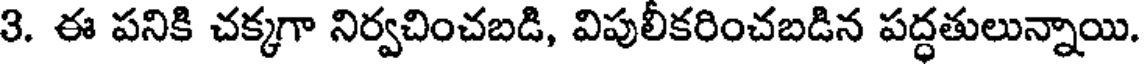
3. ఈ పనికి చక్కగా నిర్వచించబడి, విపులీకరించబడిన పద్ధతులున్నాయి.